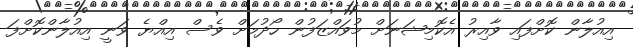
އިއުލާން ކޮށްފައި ވާއިރު އެކޮމިޝަނަށް މުވައްޒަފުން ހޯދުމަށް ވެސް އިއްޔެ ވަނީ އިއުލާންކޮށްފަ